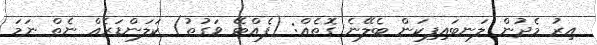
އިރު މެދުން ލަނބައިފިކަން ބެލޭނެ ގޮތެއް: (ފެއްޓޭ ވަގުތު) ކަލަންޑަރެއް ނެތް ނަމަ